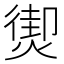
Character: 𤎇